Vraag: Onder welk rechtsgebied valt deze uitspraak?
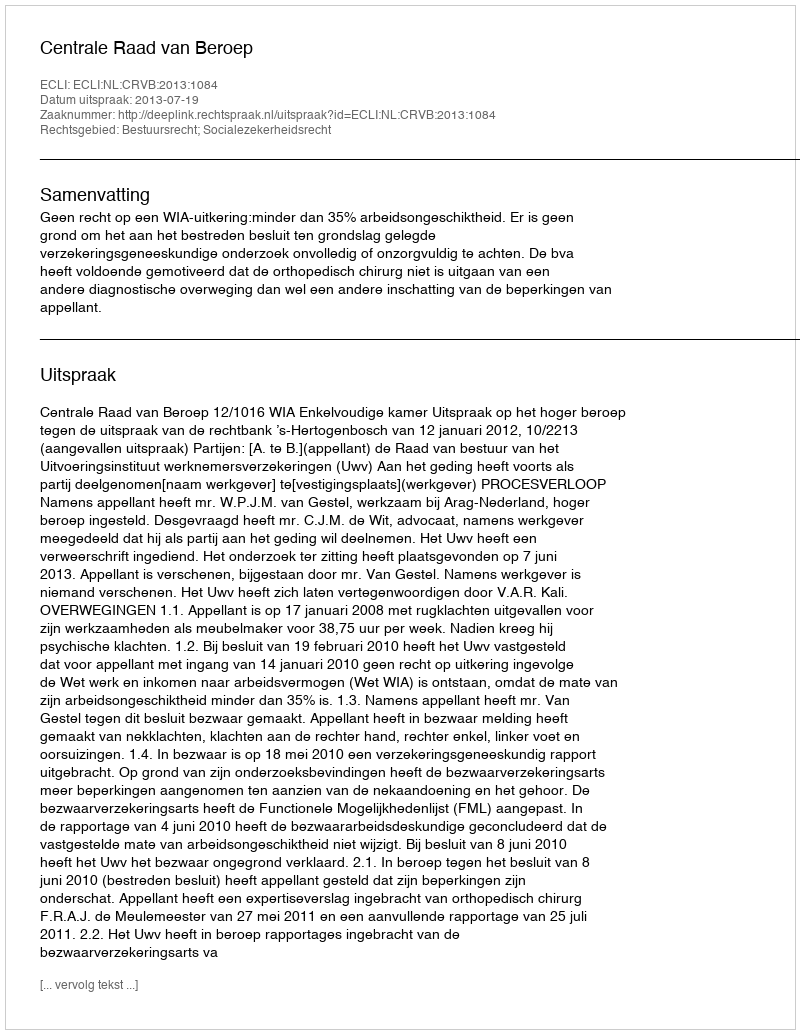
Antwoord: Bestuursrecht; Socialezekerheidsrecht